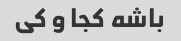
باشه کجا و کی